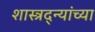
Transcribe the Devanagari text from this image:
शास्त्रद्न्यांच्या